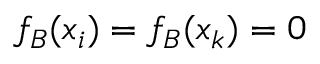
f _ { B } ( \boldsymbol { x } _ { i } ) = f _ { B } ( \boldsymbol { x } _ { k } ) = 0